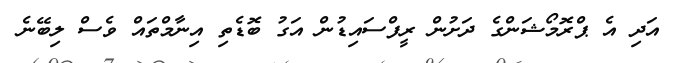
އަދި އެ ޕްރޮމޯޝަންގެ ދަށުން ރީފްސައިޑުން އަގު ބޮޑެތި އިނާމްތައް ވެސް ލިބޭނެ